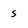
Character: s